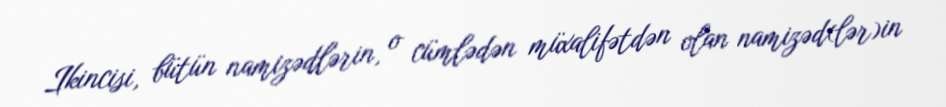
Ikincisi, bütün namizədlərin, o cümlədən müxalifətdən olan namizəd(lər)in